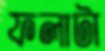
ফলাটা